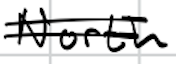
Text: North
Cross-out: double-line
Writing tool: digital_black